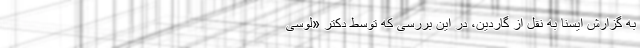
به گزارش ایسنا به نقل از گاردین، در این بررسی که توسط دکتر «لوسی